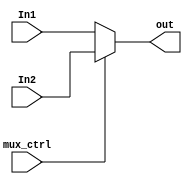
module MUX_2_to_1(In1,In2,mux_ctrl,out);

input [31:0] In1,In2; 
input mux_ctrl; 
output reg[31:0] out;  

always@(In1 or In2 or mux_ctrl) 

begin

if(mux_ctrl==0)
//
begin
out<=In1;
end

else if(mux_ctrl==1)

begin
out<=In2;
end

else
begin
out=32'bx;
end

end
endmodule